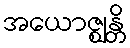
အယောဇ္ဈန္တိ